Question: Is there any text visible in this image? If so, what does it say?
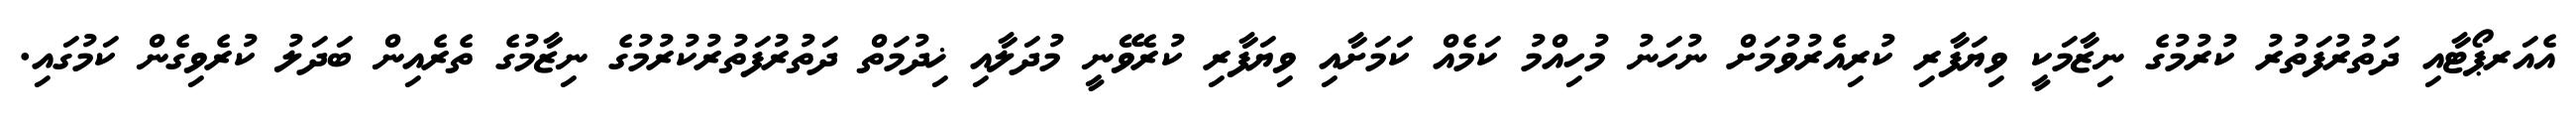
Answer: އެއަރޕޯޓާއި ދަތުރުފަތުރު ކުރުމުގެ ނިޒާމަކީ ވިޔަފާރި ކުރިއެރުވުމަށް ނުހަނު މުހިއްމު ކަމެއް ކަމަށާއި ވިޔަފާރި ކުރެވޭނީ މުދަލާއި ޚިދުމަތް ދަތުރުފަތުރުކުރުމުގެ ނިޒާމުގެ ތެރެއިން ބަދަލު ކުރެވިގެން ކަމުގައި.